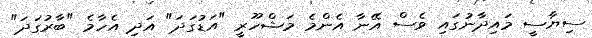
ސިޔާސީ މައިދާނުގައި ވެސް އޭނާ އެންމެ މަޝްހޫރީ "އަޑުގަދަ" އަދި އެހާމެ "ބާރުގަދަ"